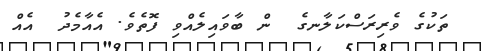
ތަކުގެ ވެރިރަސްކަލާނގެ  ން ބާވައިލެއްވި ފޮތެވެ. އެއާމެދު  އެއް